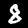
Label: 8